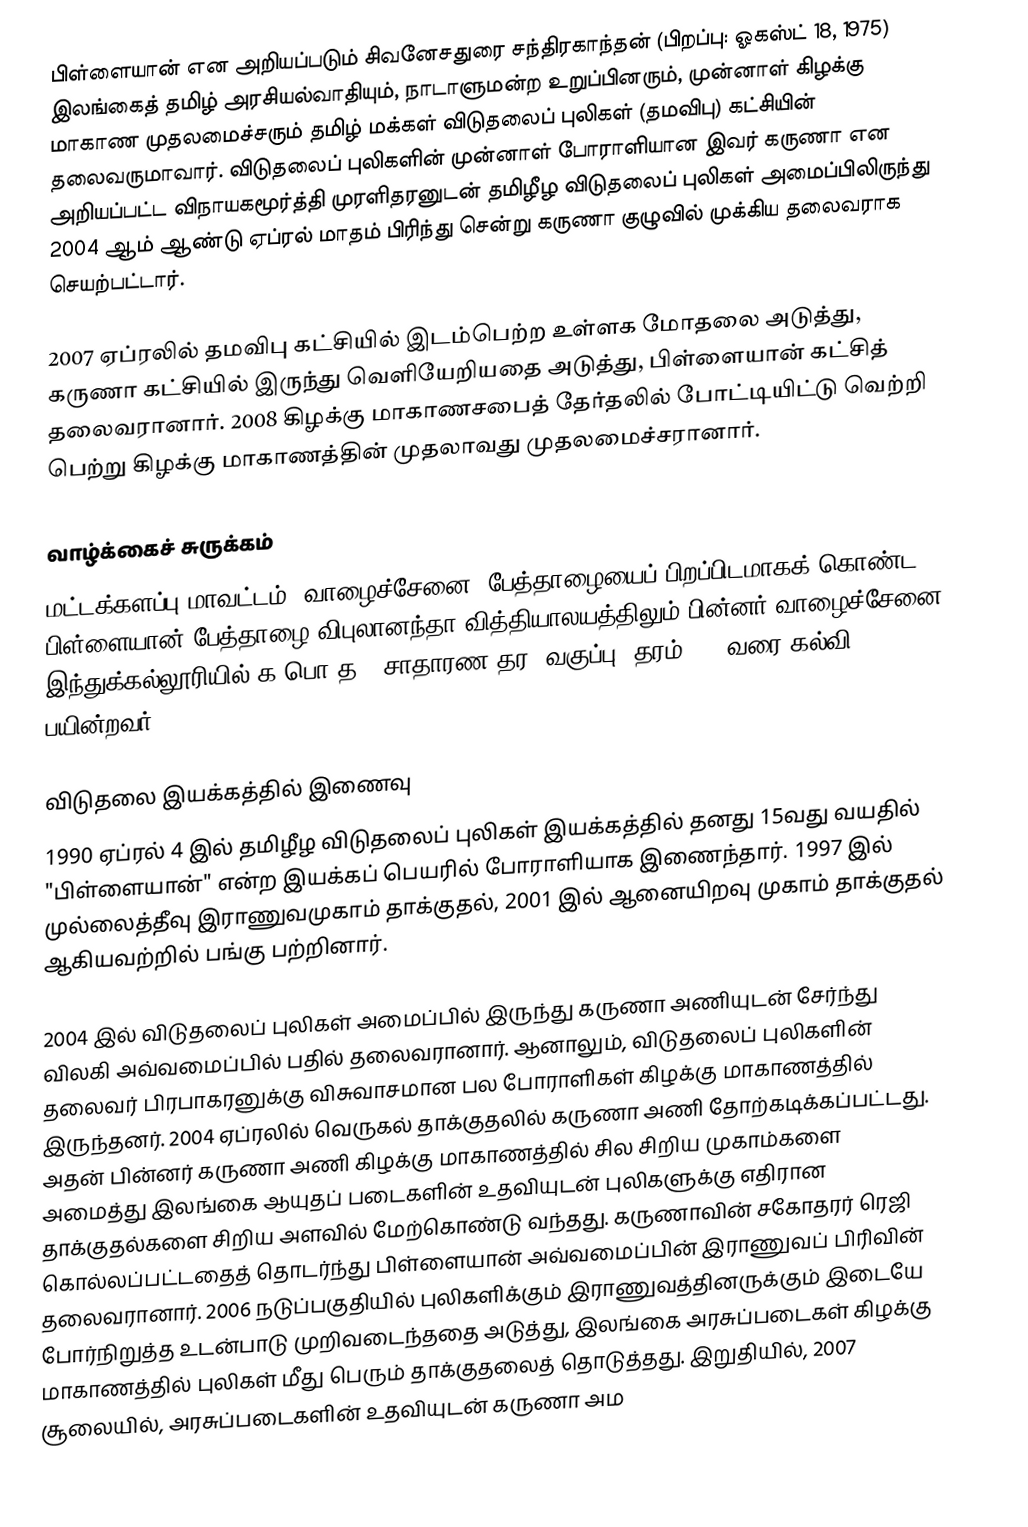
பிள்ளையான் என அறியப்படும் சிவனேசதுரை சந்திரகாந்தன் (பிறப்பு: ஓகஸ்ட் 18, 1975) இலங்கைத் தமிழ் அரசியல்வாதியும், நாடாளுமன்ற உறுப்பினரும், முன்னாள் கிழக்கு மாகாண முதலமைச்சரும் தமிழ் மக்கள் விடுதலைப் புலிகள் (தமவிபு) கட்சியின் தலைவருமாவார். விடுதலைப் புலிகளின் முன்னாள் போராளியான இவர் கருணா என அறியப்பட்ட விநாயகமூர்த்தி முரளிதரனுடன் தமிழீழ விடுதலைப் புலிகள் அமைப்பிலிருந்து 2004 ஆம் ஆண்டு ஏப்ரல் மாதம் பிரிந்து சென்று கருணா குழுவில் முக்கிய தலைவராக செயற்பட்டார்.

2007 ஏப்ரலில் தமவிபு கட்சியில் இடம்பெற்ற உள்ளக மோதலை அடுத்து, கருணா கட்சியில் இருந்து வெளியேறியதை அடுத்து,  பிள்ளையான் கட்சித் தலைவரானார். 2008 கிழக்கு மாகாணசபைத் தேர்தலில் போட்டியிட்டு வெற்றி பெற்று கிழக்கு மாகாணத்தின் முதலாவது முதலமைச்சரானார்.

வாழ்க்கைச் சுருக்கம்
மட்டக்களப்பு மாவட்டம், வாழைச்சேனை, பேத்தாழையைப் பிறப்பிடமாகக் கொண்ட பிள்ளையான் பேத்தாழை விபுலானந்தா வித்தியாலயத்திலும் பின்னர் வாழைச்சேனை இந்துக்கல்லூரியில் க.பொ.த. (சாதாரண தர) வகுப்பு (தரம் 11) வரை கல்வி பயின்றவர்.

விடுதலை இயக்கத்தில் இணைவு
1990 ஏப்ரல் 4 இல் தமிழீழ விடுதலைப் புலிகள் இயக்கத்தில் தனது 15வது வயதில் "பிள்ளையான்" என்ற இயக்கப் பெயரில் போராளியாக இணைந்தார். 1997 இல் முல்லைத்தீவு இராணுவமுகாம் தாக்குதல், 2001 இல் ஆனையிறவு முகாம் தாக்குதல் ஆகியவற்றில் பங்கு பற்றினார்.

2004 இல் விடுதலைப் புலிகள் அமைப்பில் இருந்து கருணா அணியுடன் சேர்ந்து விலகி அவ்வமைப்பில் பதில் தலைவரானார். ஆனாலும், விடுதலைப் புலிகளின் தலைவர் பிரபாகரனுக்கு விசுவாசமான பல போராளிகள் கிழக்கு மாகாணத்தில் இருந்தனர். 2004 ஏப்ரலில் வெருகல் தாக்குதலில் கருணா அணி தோற்கடிக்கப்பட்டது. அதன் பின்னர் கருணா அணி கிழக்கு மாகாணத்தில் சில சிறிய முகாம்களை அமைத்து இலங்கை ஆயுதப் படைகளின் உதவியுடன் புலிகளுக்கு எதிரான தாக்குதல்களை சிறிய அளவில் மேற்கொண்டு வந்தது. கருணாவின் சகோதரர் ரெஜி கொல்லப்பட்டதைத் தொடர்ந்து பிள்ளையான் அவ்வமைப்பின் இராணுவப் பிரிவின் தலைவரானார். 2006 நடுப்பகுதியில் புலிகளிக்கும் இராணுவத்தினருக்கும் இடையே போர்நிறுத்த உடன்பாடு முறிவடைந்ததை அடுத்து, இலங்கை அரசுப்படைகள் கிழக்கு மாகாணத்தில் புலிகள் மீது பெரும் தாக்குதலைத் தொடுத்தது. இறுதியில், 2007 சூலையில், அரசுப்படைகளின் உதவியுடன் கருணா அம